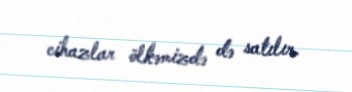
cihazlar ölkəmizdə də satılır.